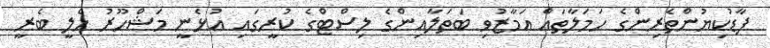
ފާޑުކިޔުންތެރިންގެ ހަމަލާތައް އަމާޒުވި ބަތަލާއިންގެ ލިސްޓްގެ ކުރީގައި އުޅެނީ މަޝްހޫރު ހެލީ ބެރީ